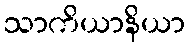
သာကိယာနိယာ